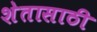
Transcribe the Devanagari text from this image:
शेतासाठी